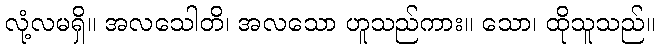
လုံ့လမရှိ။ အလသေါတိ၊ အလသော ဟူသည်ကား။ သော၊ ထိုသူသည်။